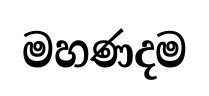
මහණදම